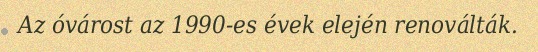
Az óvárost az 1990-es évek elején renoválták.